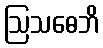
ဩသဓေဘိ